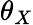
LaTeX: \theta_{X}